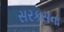
સરકસના